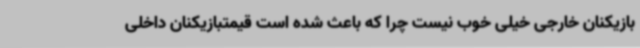
بازیکنان خارجی خیلی خوب نیست چرا که باعث شده است قیمتبازیکنان داخلی